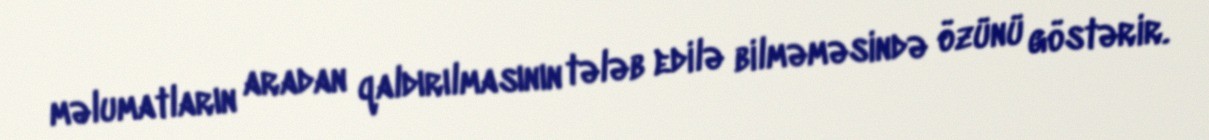
məlumatların aradan qaldırılmasının tələb edilə bilməməsində özünü göstərir.